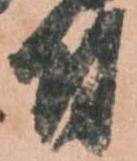
付